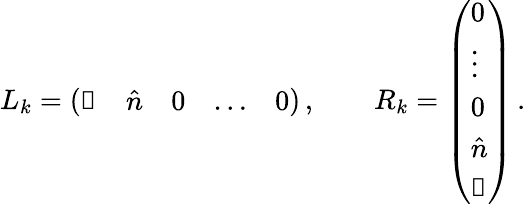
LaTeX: L_{k}=\left(\begin{array}{lllll}{\mathbb{1}}&{\hat{n}}&{0}&{\ldots}&{0}\end{array}\right)\, ,\qquad R_{k}=\left(\begin{array}{l}{0}\\ {\vdots}\\ {0}\\ {\hat{n}}\\ {\mathbb{1}}\end{array}\right)\, .